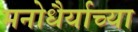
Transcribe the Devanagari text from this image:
मनोधैर्याच्या